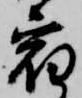
宿